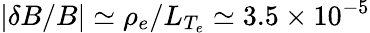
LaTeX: |\delta B/B|\simeq\rho_{e}/L_{T_{e}}\simeq 3.5\times 10^{-5}